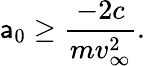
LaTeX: \mathsf{a}_{0}\ge\frac{{-2c}}{{mv_{\infty}^{2}}}.